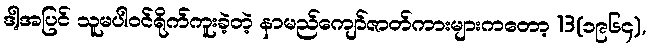
ဒါ့အပြင် သူမပါဝင်ရိုက်ကူးခဲ့တဲ့ နာမည်ကျော်ဇာတ်ကားများကတော့ 13(၁၉၆၄),